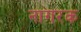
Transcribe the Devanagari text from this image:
नागरक